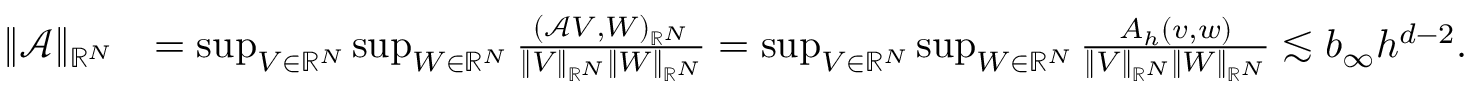
\begin{array} { r l } { \| \mathcal { A } \| _ { \mathbb { R } ^ { N } } } & { = \operatorname* { s u p } _ { V \in \mathbb { R } ^ { N } } \operatorname* { s u p } _ { W \in \mathbb { R } ^ { N } } \frac { ( \mathcal { A } V , W ) _ { \mathbb { R } ^ { N } } } { \| V \| _ { \mathbb { R } ^ { N } } \| W \| _ { \mathbb { R } ^ { N } } } = \operatorname* { s u p } _ { V \in \mathbb { R } ^ { N } } \operatorname* { s u p } _ { W \in \mathbb { R } ^ { N } } \frac { A _ { h } ( v , w ) } { \| V \| _ { \mathbb { R } ^ { N } } \| W \| _ { \mathbb { R } ^ { N } } } \lesssim b _ { \infty } h ^ { d - 2 } . } \end{array}